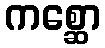
ကစ္ဆော